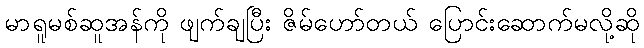
မာရူမစ်ဆူအန်ကို ဖျက်ချပြီး ဇိမ်ဟော်တယ် ပြောင်းဆောက်မလို့ဆို